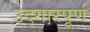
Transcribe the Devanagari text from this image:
उद्गारपूर्ण